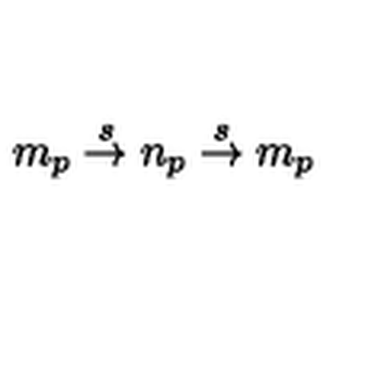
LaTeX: m _ { p } \stackrel { s } { \rightarrow } n _ { p } \stackrel { s } { \rightarrow } m _ { p }